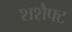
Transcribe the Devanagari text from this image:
शशैफ्ट